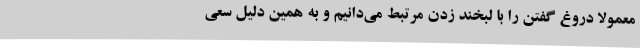
معمولا دروغ گفتن را با لبخند زدن مرتبط می‌دانیم و به همین دلیل سعی